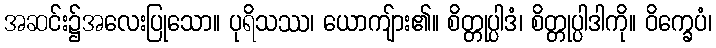
အဆင်း၌အလေးပြုသော။ ပုရိသဿ၊ ယောကျ်ား၏။ စိတ္တုပ္ပါဒံ၊ စိတ္တုပ္ပါဒါကို။ ဝိက္ခေပံ၊